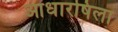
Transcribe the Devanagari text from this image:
आधारषिला